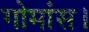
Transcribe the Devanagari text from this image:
गोमांस।